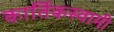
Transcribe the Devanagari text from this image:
कार्तिकस्‍वामी